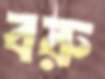
বরু